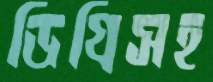
ডিগ্রিসহ